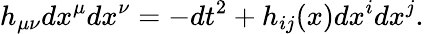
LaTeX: h_{\mu\nu}dx^{\mu}dx^{\nu}=-dt^{2}+h_{ij}(x)dx^{i}dx^{j}.